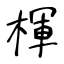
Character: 楎